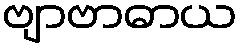
ဗျာဗာဓာယ